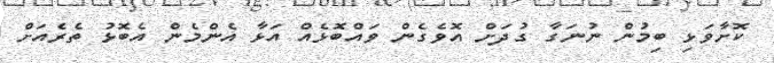
ކޮށާވަޅި ބިމުން ނުނަގާ ގުދަށް އޮވެގެން ވައްބޮޅެއް އަޅާ އެންމެން އެބޮޅު ތެރެއަށް